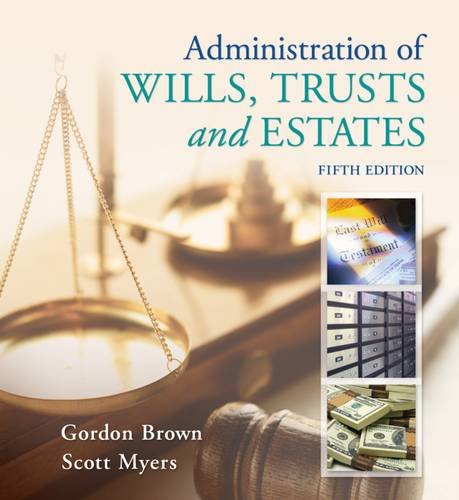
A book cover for Administration of Wills, Trusts, and Estates; Gordon Brown; Law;